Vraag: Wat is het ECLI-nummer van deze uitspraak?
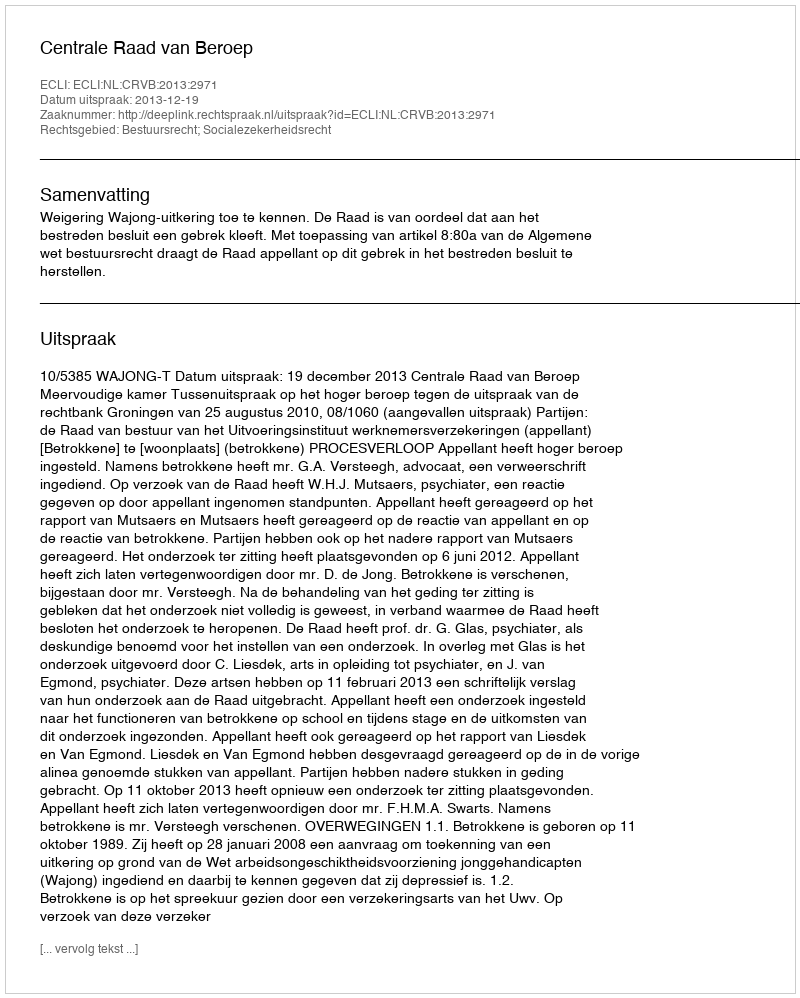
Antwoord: ECLI:NL:CRVB:2013:2971